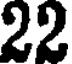
22